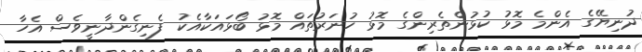
ދުނިޔޭގެ އެންމެ މޮޅު ކުޅުންތެރިންގެ މޮޅު ހުނަރުތައް މޮޅު ބޯޅައަކާއެކު ފެނިގެންދާނީވެސް އެހާ